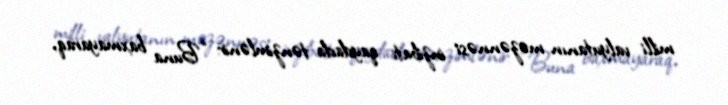
milli valyutanın məzənnəsi inzibati qaydada tənzimlənir: “Buna baxmayaraq,